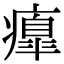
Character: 𤺃